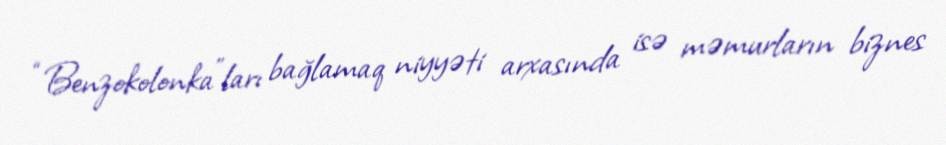
“Benzokolonka”ları bağlamaq niyyəti arxasında isə məmurların biznes